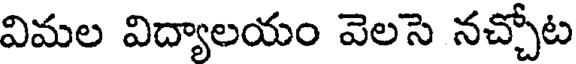
విమల విద్యాలయం వెలసె నచ్చోట